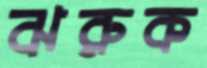
ঝরুক